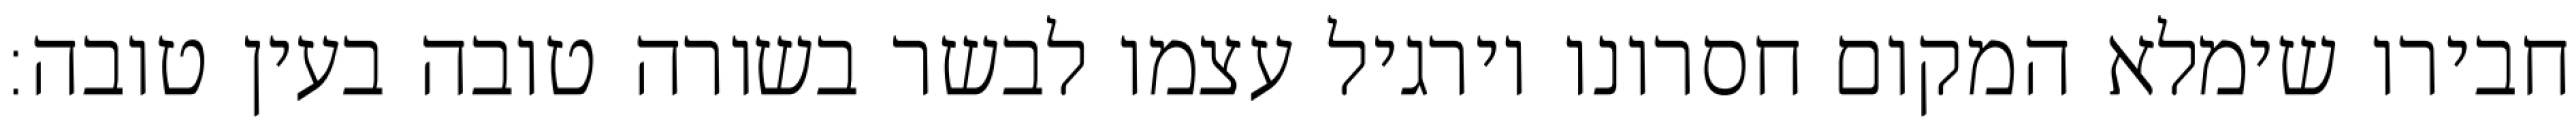
חבירו שימלא המקום חסרונו וירגיל עצמו לבשר בשורה טובה בעין טובה: